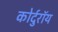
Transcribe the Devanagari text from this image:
कोर्दुरॉय